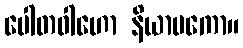
ပေါတဝါဟော နိယာမကော။